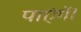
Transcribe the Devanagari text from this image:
पाएंगें।